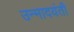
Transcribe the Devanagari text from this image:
उन्मादयंती